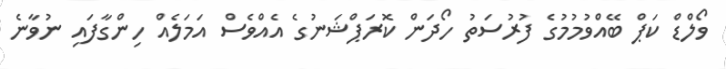
ވޯލްޑް ކަޕް ބޭއްވުމުމުގެ ފުރުސަތު ހޯދަން ކޮރަޕްޝަނުގެ އެއްވެސް އަމަލެއް ހިންގާފައި ނުވާނެ